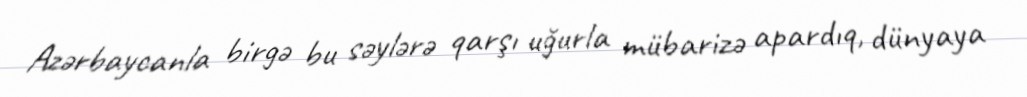
Azərbaycanla birgə bu səylərə qarşı uğurla mübarizə apardıq, dünyaya